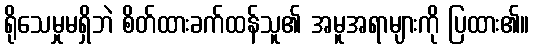
ရိုသေမှုမရှိဘဲ စိတ်ထားခက်ထန်သူ၏ အမူအရာများကို ပြထား၏။